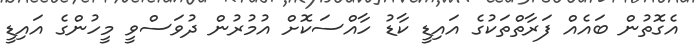
އެގޮތުން ބައެއް ފަރާތްތަކުގެ އައިޑީ ކާޑު ހާއްސަކޮށް އުމުރުން ދުވަސްވީ މީހުންގެ އައިޑީ